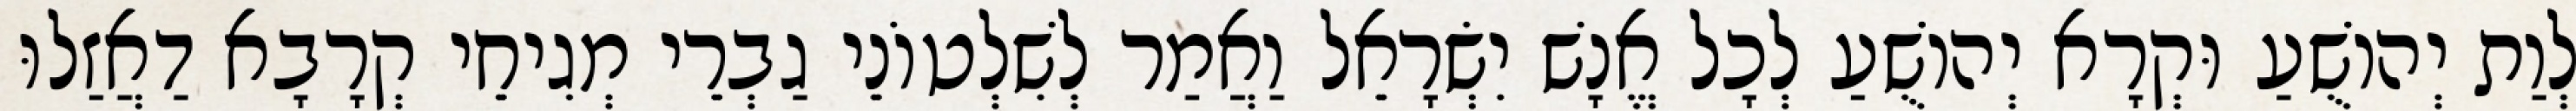
לְוַת יְהוֹשֻׁעַ וּקְרָא יְהוֹשֻׁעַ לְכָל אֱנָשׁ יִשְׂרָאֵל וַאֲמַר לְשִׁלְטוֹנֵי גַבְרֵי מְגִיחֵי קְרָבָא דַאֲזַלוּ